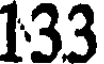
133